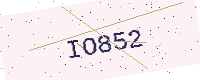
Text: IO852